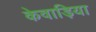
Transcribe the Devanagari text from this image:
केवाड़िया